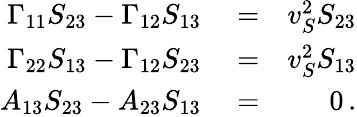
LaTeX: \begin{array}{rlr}{\Gamma_{11}S_{23}-\Gamma_{12}S_{13}}&{{}=}&{v_{S}^{2}S_{23}}\\ {\Gamma_{22}S_{13}-\Gamma_{12}S_{23}}&{{}=}&{v_{S}^{2}S_{13}}\\ {A_{13}S_{23}-A_{23}S_{13}}&{{}=}&{0\, .}\end{array}